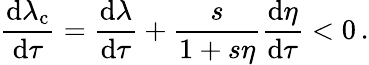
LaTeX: \frac{\mathrm{d}\lambda_{\mathrm{c}}}{\mathrm{d}\tau}=\frac{\mathrm{d}\lambda}{\mathrm{d}\tau}+\frac{s}{1+s\eta}\frac{\mathrm{d}\eta}{\mathrm{d}\tau}<0\, .